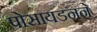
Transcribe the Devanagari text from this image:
पोसायडनने